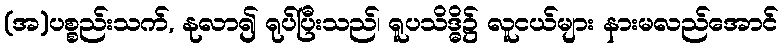
(အ)ပစ္စည်းသက်, နုလာ၍ ရုပ်ပြီးသည်၊ ရူပသိဒ္ဓိ၌ လူငယ်များ နားမလည်အောင်